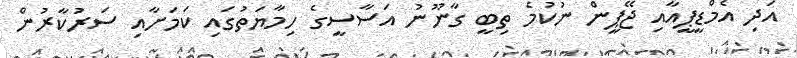
އަދި އެމްޑީޕީއާއި ޖޭޕީން ނުކުމެ ތިބީ ގާނޫނު އަސާސީގެ ހިމާޔަތުގައިި ކަމަށާއި ސަރުކާރުން